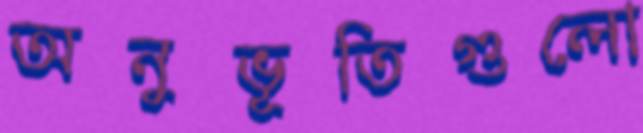
অনুভূতিগুলো